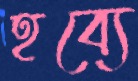
হব্যে